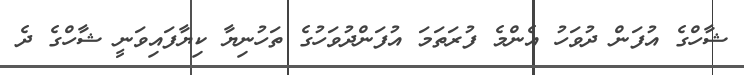
ޝާހްގެ އުފަން ދުވަހު އެންމެ ފުރަތަމަ އުފަންދުވަހުގެ ތަހުނިޔާ ކިޔާފައިވަނީ ޝާހްގެ ދެ